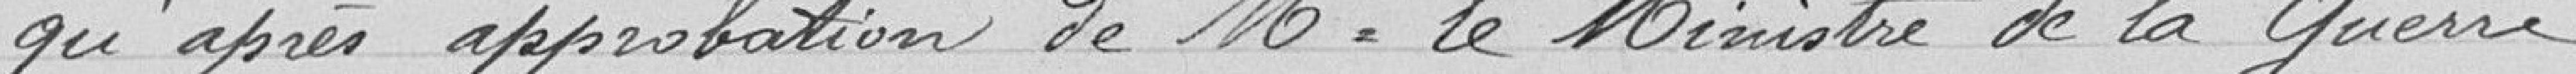
qu'après approbation de Monsieur le Ministre de la Guerre.